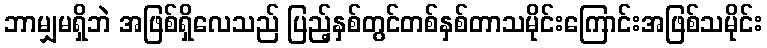
ဘာမျှမရှိဘဲ အဖြစ်ရှိလေသည် ပြည့်နှစ်တွင်တစ်နှစ်တာသမိုင်းကြောင်းအဖြစ်သမိုင်း